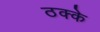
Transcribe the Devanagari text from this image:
ठक्के